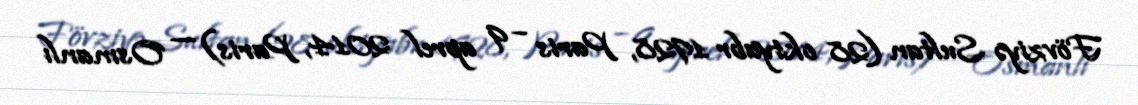
Fövziyə Sultan (28 oktyabr 1928, Paris – 9 aprel 2014, Paris) — Osmanlı